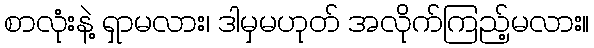
စာလုံးနဲ့ ရှာမလား၊ ဒါမှမဟုတ် အလိုက်ကြည့်မလား။